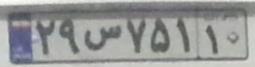
۲۹س۷۵۱۱۰